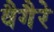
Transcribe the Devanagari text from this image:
वैगैरे